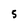
Character: 5